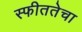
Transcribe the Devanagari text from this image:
स्फीततेचा